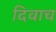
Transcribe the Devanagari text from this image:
दिवाच